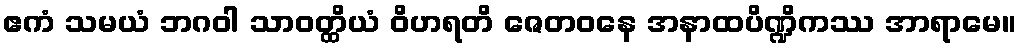
ဧကံ သမယံ ဘဂဝါ သာဝတ္ထိယံ ဝိဟရတိ ဇေတဝနေ အနာထပိဏ္ဍိကဿ အာရာမေ။